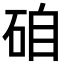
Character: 𥒕